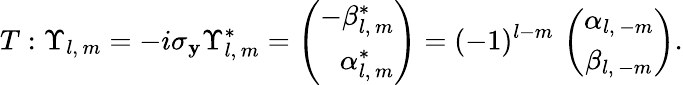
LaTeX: T:\Upsilon_{l,\, m}=-i\sigma_{\mathbf{y}}\Upsilon_{l,\, m}^{*}=\left(\begin{array}{r}{{-\beta_{l,\, m}^{*}}}\\ {{\alpha_{l,\, m}^{*}}}\end{array}\right)=(-1)^{l-m}\, \left(\begin{array}{c}{{\alpha_{l,\, -m}}}\\ {{\beta_{l,\, -m}}}\end{array}\right).